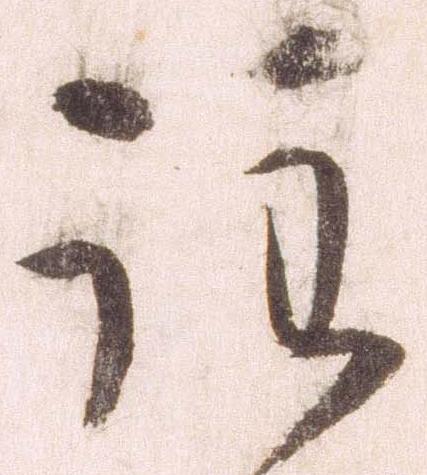
注